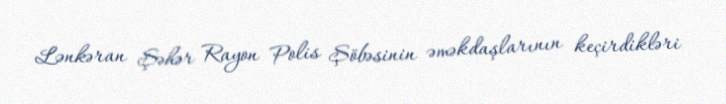
Lənkəran Şəhər Rayon Polis Şöbəsinin əməkdaşlarının keçirdikləri